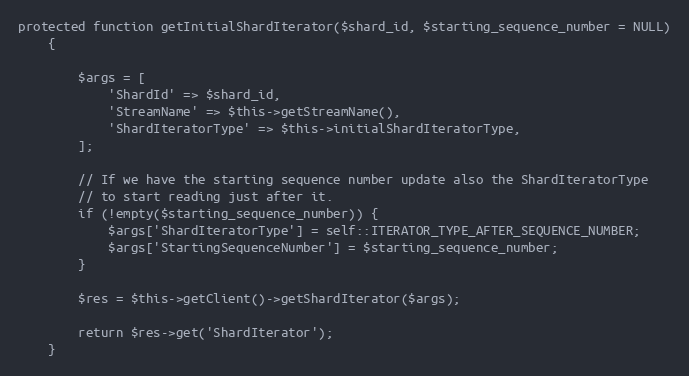
Language: PHP
protected function getInitialShardIterator($shard_id, $starting_sequence_number = NULL)
    {

        $args = [
            'ShardId' => $shard_id,
            'StreamName' => $this->getStreamName(),
            'ShardIteratorType' => $this->initialShardIteratorType,
        ];

        // If we have the starting sequence number update also the ShardIteratorType
        // to start reading just after it.
        if (!empty($starting_sequence_number)) {
            $args['ShardIteratorType'] = self::ITERATOR_TYPE_AFTER_SEQUENCE_NUMBER;
            $args['StartingSequenceNumber'] = $starting_sequence_number;
        }

        $res = $this->getClient()->getShardIterator($args);

        return $res->get('ShardIterator');
    }